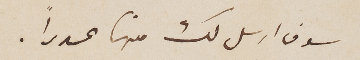
سوف ارسل لك منها عدداً.